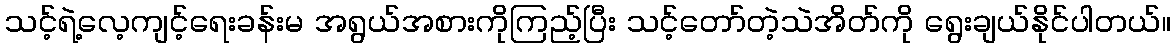
သင့်ရဲ့လေ့ကျင့်ရေးခန်းမ အရွယ်အစားကိုကြည့်ပြီး သင့်တော်တဲ့သဲအိတ်ကို ရွေးချယ်နိုင်ပါတယ်။